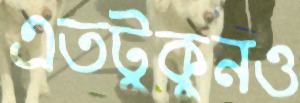
এতটুকুনও